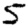
Digit: 5